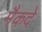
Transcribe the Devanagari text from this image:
मैकदे